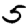
Digit: 5